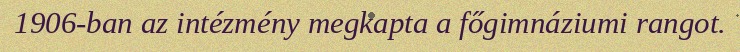
1906-ban az intézmény megkapta a főgimnáziumi rangot.